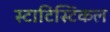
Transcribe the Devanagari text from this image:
स्टाटिस्टिकल